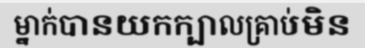
ម្នាក់បានយកក្បាលគ្រាប់មិន